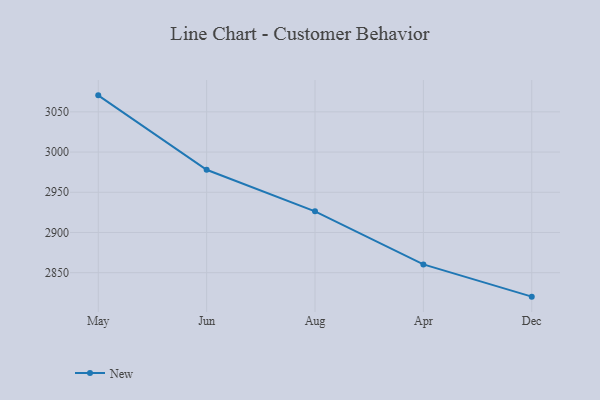
{"axis": {"x": "Month", "y": "Customer Acquisition Cost (USD)"}, "legend": ["New"], "data": [{"x": "May", "y": 3070.5, "type": "New"}, {"x": "Jun", "y": 2978.0, "type": "New"}, {"x": "Aug", "y": 2926.3, "type": "New"}, {"x": "Apr", "y": 2860.3, "type": "New"}, {"x": "Dec", "y": 2820.2, "type": "New"}]}